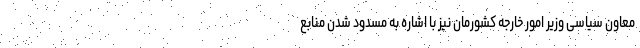
معاون سیاسی وزیر امور خارجه کشورمان نیز با اشاره به مسدود شدن منابع